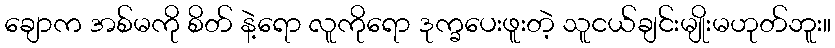
ချောက အစ်မကို စိတ် နဲ့ရော လူကိုရော ဒုက္ခပေးဖူးတဲ့ သူငယ်ချင်းမျိုးမဟုတ်ဘူး။